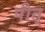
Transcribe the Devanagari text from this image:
पीत्